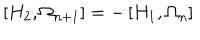
\left[ H _ { 2 } , \Omega _ { n + 1 } \right] = - \left[ H _ { 1 } , \Omega _ { n } \right]